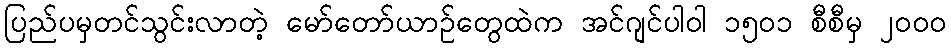
ပြည်ပမှတင်သွင်းလာတဲ့ မော်တော်ယာဉ်တွေထဲက အင်ဂျင်ပါဝါ ၁၅၀၁ စီစီမှ ၂၀၀၀